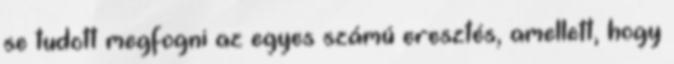
se tudott megfogni az egyes számú eresztés, amellett, hogy